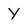
Character: y